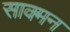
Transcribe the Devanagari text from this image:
साक्मन